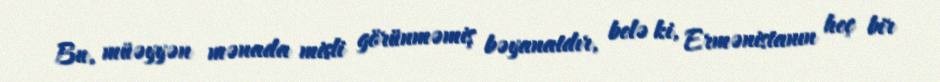
Bu, müəyyən mənada misli görünməmiş bəyanatdır, belə ki, Ermənistanın heç bir